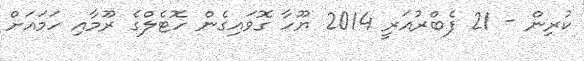
ކުރިން - 21 ފެބްރުއަރީ 2014 ޔޫހާ ގޮވައިގެން ހޮޓެލްގެ ރޫމާއި ހަމައަށް